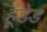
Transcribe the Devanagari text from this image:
हूडेड